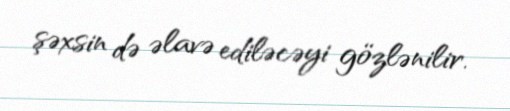
şəxsin də əlavə ediləcəyi gözlənilir.